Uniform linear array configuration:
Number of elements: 8
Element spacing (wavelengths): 0.5
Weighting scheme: kaiser
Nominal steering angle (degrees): -15
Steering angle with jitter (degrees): -16.554
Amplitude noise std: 0.05
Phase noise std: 0.05

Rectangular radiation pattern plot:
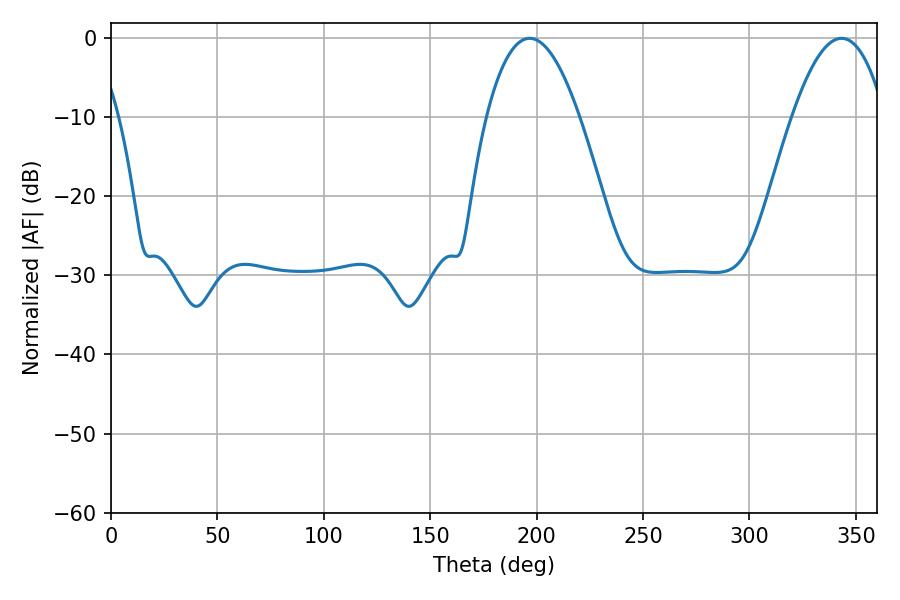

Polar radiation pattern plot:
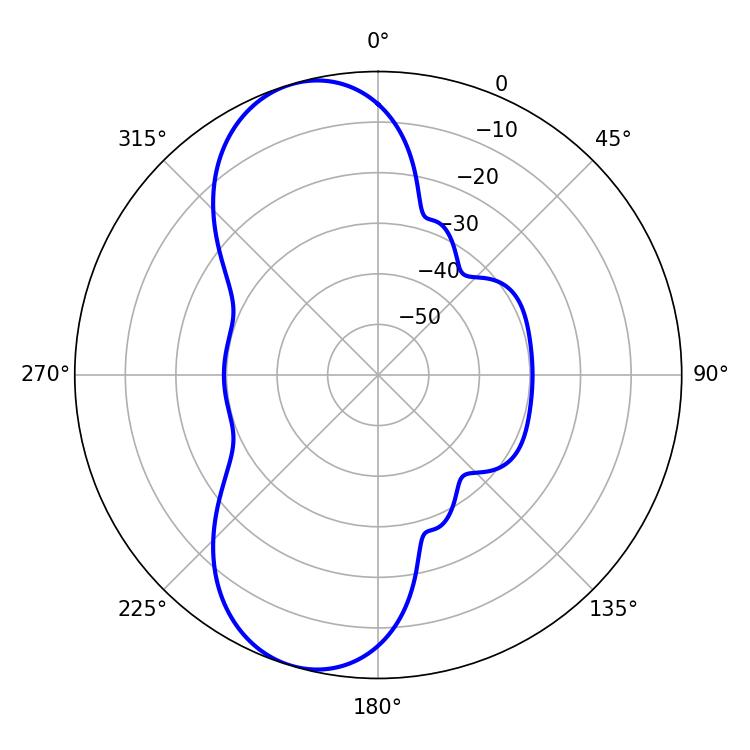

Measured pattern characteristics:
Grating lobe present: FALSE
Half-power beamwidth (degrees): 23.94
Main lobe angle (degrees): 196.74